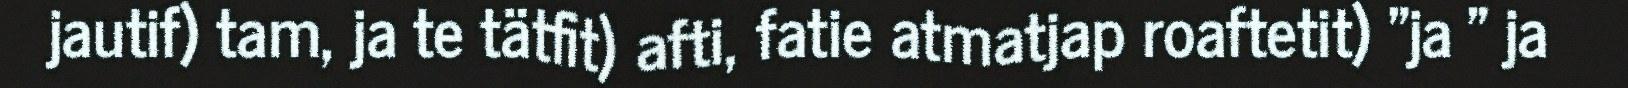
jautif) tam, ja te tätfit) afti, fatie atmatjap roaftetit) "ja " ja